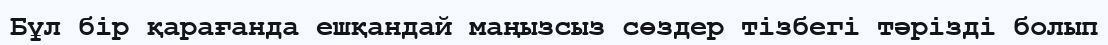
Бұл бір қарағанда ешқандай маңызсыз сөздер тізбегі тәрізді болып